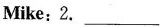
Mike:2. ___